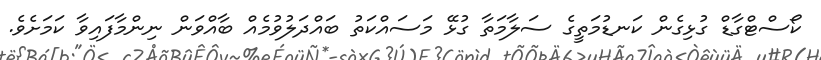
ކޯސްޓްގާޑް ގުޅިގެން ކަނޑުމަތީގެ ސަލާމަތާ ގުޅޭ މަސައްކަތު ބައްދަލުވުމެއް ބާއްވަން ނިންމާފައިވާ ކަމަށެވެ.